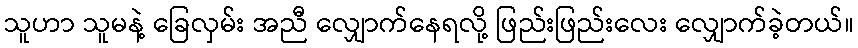
သူဟာ သူမနဲ့ ခြေလှမ်း အညီ လျှောက်နေရလို့ ဖြည်းဖြည်းလေး လျှောက်ခဲ့တယ်။